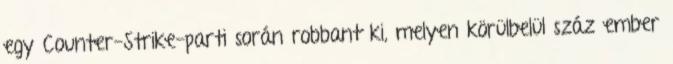
egy Counter-Strike-parti során robbant ki, melyen körülbelül száz ember